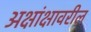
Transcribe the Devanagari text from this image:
अक्षांक्षावरील